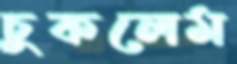
চুকলেম